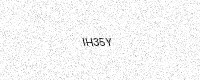
Text: IH35Y